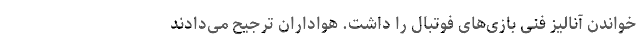
خواندن آنالیز فنی بازی‌های فوتبال را داشت. هواداران ترجیح می‌دادند